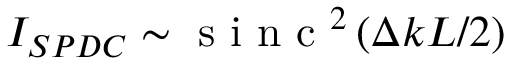
I _ { S P D C } \sim \mathrm { ~ s ~ i ~ n ~ c ~ } ^ { 2 } \left( \Delta k L / 2 \right)